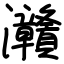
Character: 灨